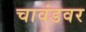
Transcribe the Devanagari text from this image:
चावंडवर